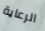
الرعاية